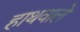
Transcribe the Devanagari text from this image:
हाथवाले